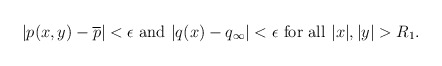
\begin{align*} |p(x,y)-\overline{p}|< \epsilon \mbox{ and } |q(x)-q_{\infty}|< \epsilon \mbox{ for all } |x|,|y|>R_1. \end{align*}